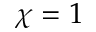
\chi = 1